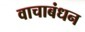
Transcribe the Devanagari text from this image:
वाचाबंधन